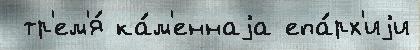
 тр'ем'я́ ка́м'еннаjа епа́рх'иjи